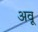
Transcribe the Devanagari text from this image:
अवू